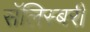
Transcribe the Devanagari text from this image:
सॅलिस्बरी